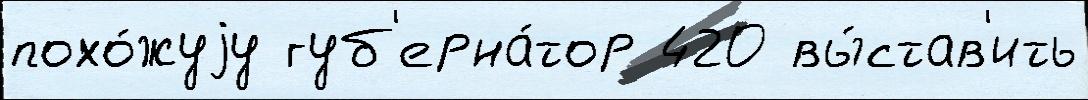
похо́жуjу губ'ерна́тор 420 вы́став'ить